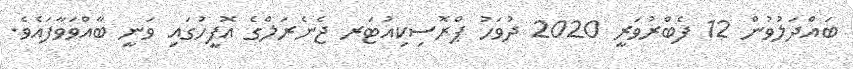
ބައްދަލުވުން 12 ފެބްރުވަރީ 2020 ދުވަހު ޕްރޮސިކިއުޓަރ ޖެނެރަލްގެ އޮފީހުގައި ވަނީ ބާއްވަވާފައެވެ.